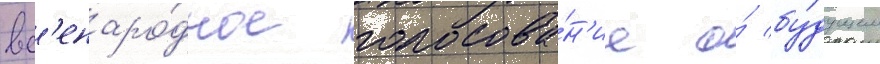
вс'енаро́дное голосова́н'ие о́ бу́дущем